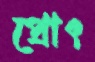
প্রোৎ